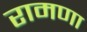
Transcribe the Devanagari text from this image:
रामणा